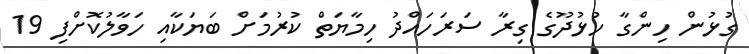
ގުޅުން ހިންގާ ހުޅުދޫގެ ގިރާ ސަރަހައްދު ހިމާޔަތް ކުރުމަށް ބަޔަކާއި ހަވާލުކޮށްފި 19